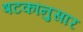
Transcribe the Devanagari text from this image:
षटकांनुसार